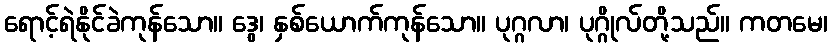
ရောင့်ရဲနိုင်ခဲကုန်သော။ ဒွေ၊ နှစ်ယောက်ကုန်သော။ ပုဂ္ဂလာ၊ ပုဂ္ဂိုလ်တို့သည်။ ကတမေ၊